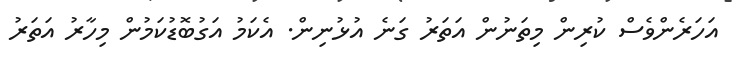
އަހަރެންވެސް ކުރިން މިތަނުން އަތަރު ގަނެ އުޅުނިން. އެކަމު އަގުބޮޑުކަމުން މިހާރު އަތަރު